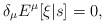
\begin{align*}\delta_\mu E^\mu[\xi|s] = 0,\end{align*}